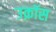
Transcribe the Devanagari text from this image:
उक्रॉस